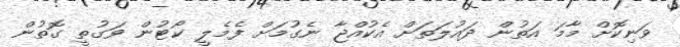
ވަނިކޮށް މާމަ އަތުން ދައުލަތަށް އެކުއްޖާ ނެގުމަށް ފެމެލީ ކޯޓުން ވަގުތީ ގޮތުން